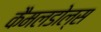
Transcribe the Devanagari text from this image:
कैमलडोल्स